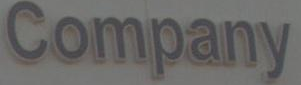
Company